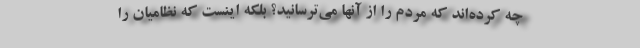
چه کرده‌اند که مردم را از آنها می‌ترسانید؟ بلکه اینست که نظامیان را